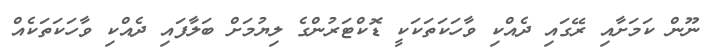
ނޫން ކަމަށާއި ރޭގައި ދެއްކި ވާހަކަތަކަކީ ޑޮކްޓަރުންގެ ލިޔުމަށް ބަލާފައި ދެއްކި ވާހަކަތަކެއް